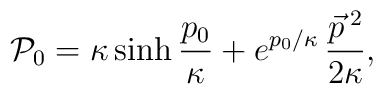
{\cal P}_{0} = \kappa \sinh\frac{p_0}\kappa + e^{p_0/\kappa}\, \frac{\vec{p}\, {}^2}{2\kappa},